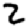
Digit: 2